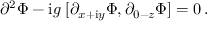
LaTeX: \partial ^ { 2 } \Phi - \mathrm { i } g \; [ \partial _ { x + \mathrm { i } y } \Phi , \partial _ { 0 - z } \Phi ] = 0 \, .